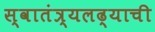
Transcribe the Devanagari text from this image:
स्वातंत्र्यलढ्याची